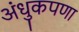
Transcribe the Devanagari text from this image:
अंधुकपणा